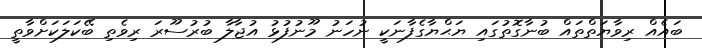
ބައެއް ރިވާޔަތްތައް ބުނާގޮތުގައި ޔަޙްޔާގެފާނަކީ ނުހަނު މޫނުފުޅު އުޖާލާ ބުރުސޫރަ ރިވެތި ބޭކަލަކަށްވާތީ